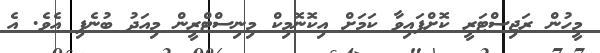
މީހުން ރަޖިސްޓަރީ ކޮށްފައިވާ ކަމަށް އިކޮނޮމިކް މިނިސްޓްރީން މިއަދު ބުނެފި އެވެ. އެ